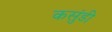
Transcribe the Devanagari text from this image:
कसुंडी